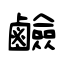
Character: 鹼